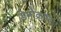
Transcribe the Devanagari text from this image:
डेमोक्राटिश